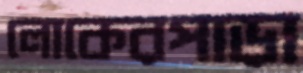
লোকেরপাড়া